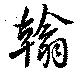
翰